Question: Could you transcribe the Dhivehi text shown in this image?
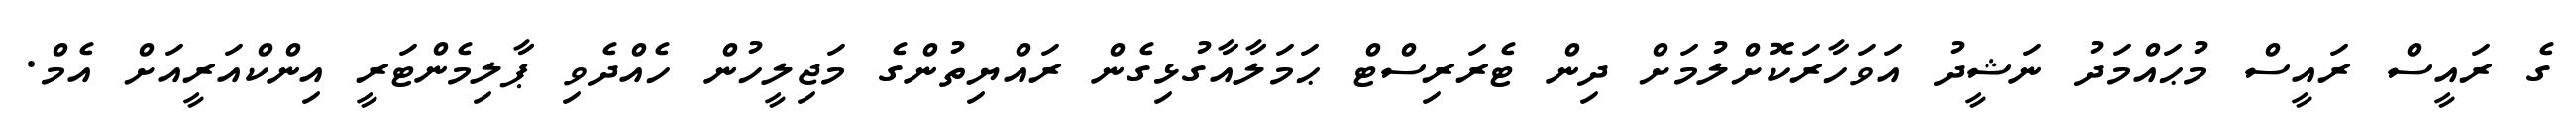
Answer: ގެ ރައީސް ރައީސް މުޙައްމަދު ނަޝީދު އަވަހާރަކޮށްލުމަށް ދިން ޓެރަރިސްޓް ޙަމަލާއާގުޅިގެން ރައްޔިތުންގެ މަޖިލީހުން ހެއްދެވި ޕާލިމެންޓަރީ އިންކްއަރީއަށް އެމް.